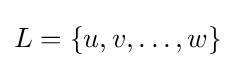
L=\{u,v,\dots ,w\}